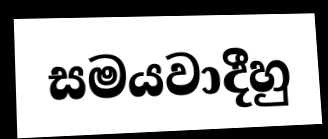
සමයවාදීහු